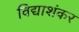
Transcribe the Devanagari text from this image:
विद्याशंकर